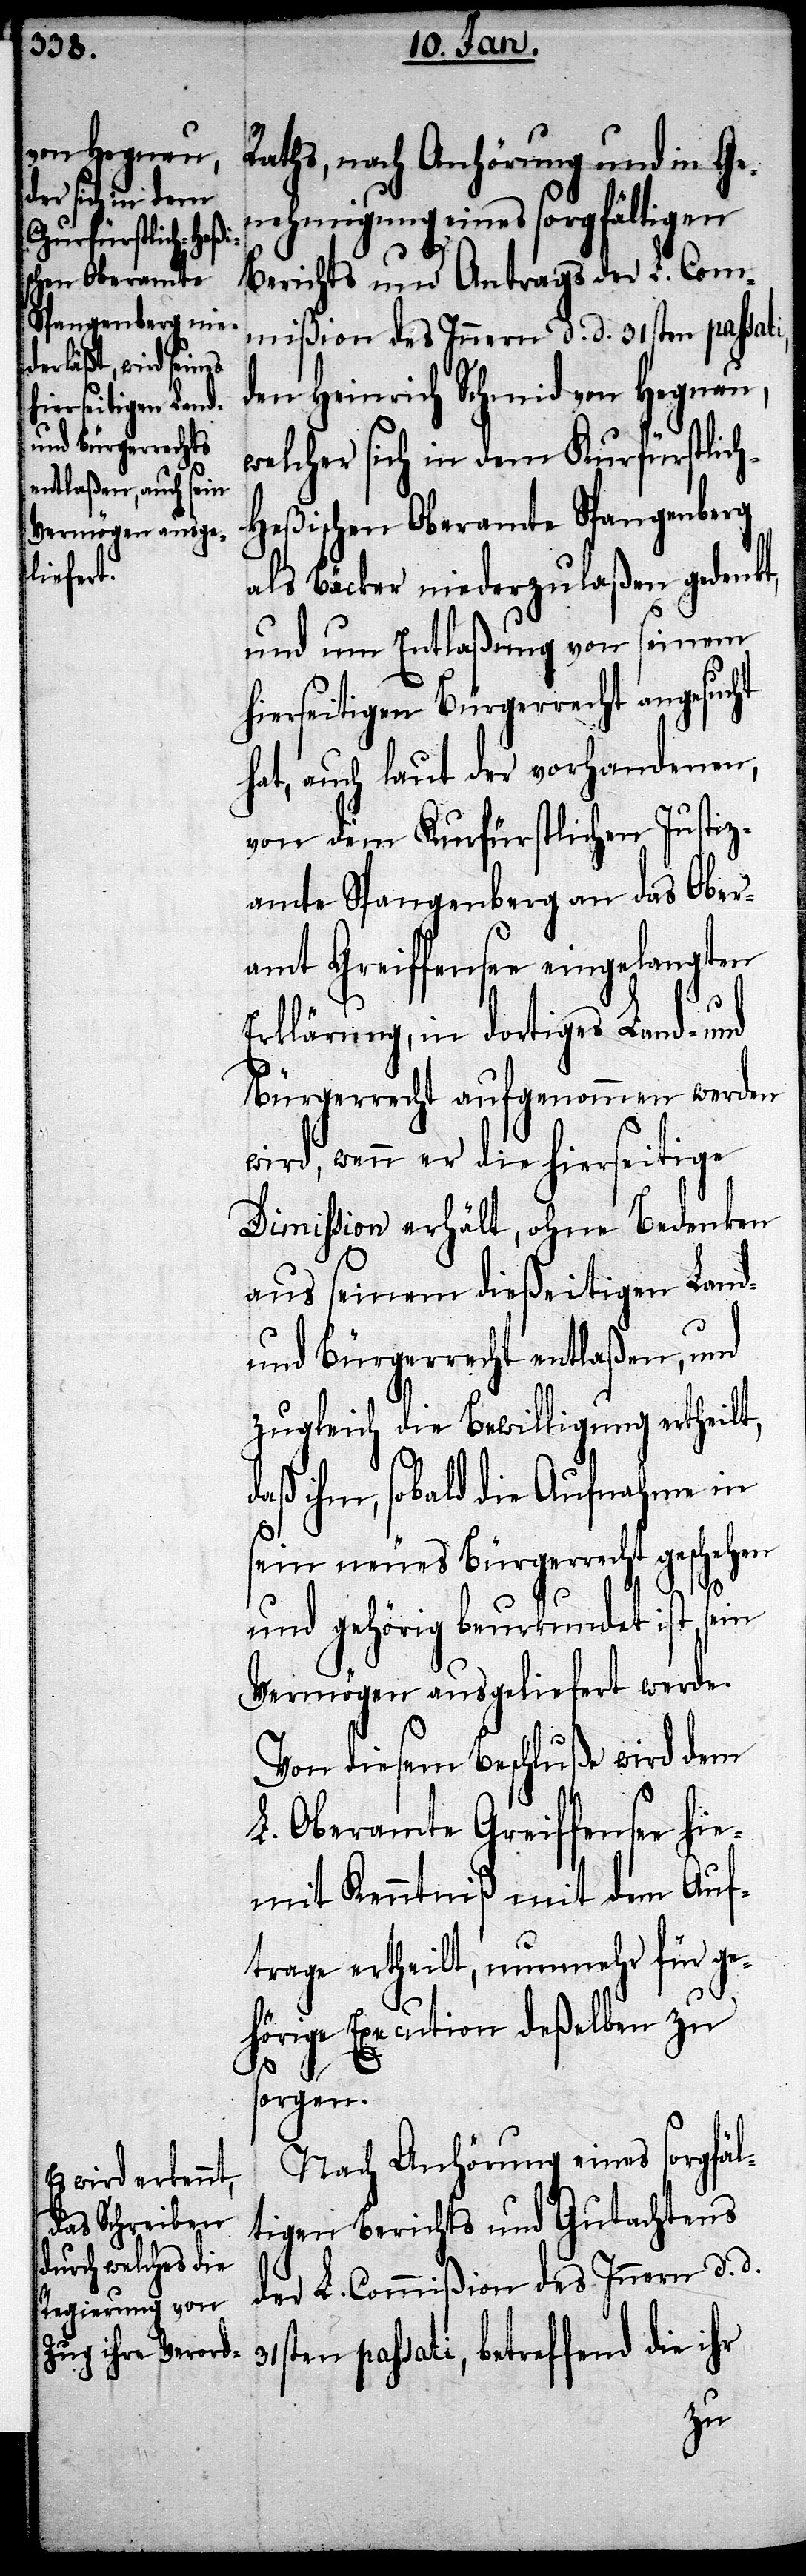
Raths, nach Anhörung und in Ge¬
nehmigung eines sorgfältigen
Berichts und Antrags der L. Com¬
mißion des Innern d. d. 31sten passati
den Heinrich Schmid von Hegnau,
welcher sich in dem Kurfürstlic¬
eßischen Oberamte Spangenberg
als Bäcker niederzulaßen gedenkt,
und um Entlaßung von seinem
hierseitigen Bürgerrecht angesucht
hat, auch laut der vorhandenen,
von dem Kurfürstlichen Justiz¬
amte Spangenberg an das Ober¬
amt Greiffensee eingelangten
Erklärung, in dortiges Land- und
Bürgerrecht aufgenommen werden
wird, wenn er die hierseitige
Dimission erhält, ohne Bedenken
aus seinem dießeitigen Land-
und Bürgerrecht entlaßen, und
zugleich die Bewilligung ertheilt,
daß ihm, sobald die Aufnahme in
sein neues Bürgerrecht geschehen
h-H¬
und gehörig beurkundet ist sein
Vermögen ausgeliefert werde.
Von diesem Beschluße wird dem
L. Oberamte Greiffensee hie¬
mit Kenntniß mit dem Auf¬
trage ertheilt, nunmehr für ge¬
hörige Execution deßelben zu
sorgen.
Nach Anhörung eines sorgfäl¬
tigen Berichtes und Gutachtens
der L. Commißion des Innern d. d.
passati, betreffend die